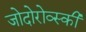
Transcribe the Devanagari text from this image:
जोदोरोव्स्की